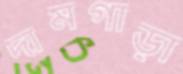
দামগাড়া